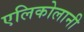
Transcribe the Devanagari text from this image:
एलिकोलानी